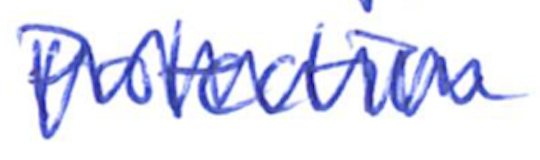
Text: Protection
Cross-out: zig-zag
Writing tool: ballpoint